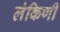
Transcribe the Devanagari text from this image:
लंकिणी